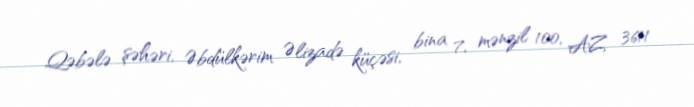
Qəbələ şəhəri, Əbdülkərim Əlizadə küçəsi, bina 7, mənzil 100, AZ 3611